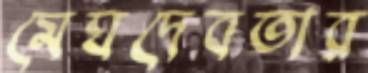
মেঘদেবতার